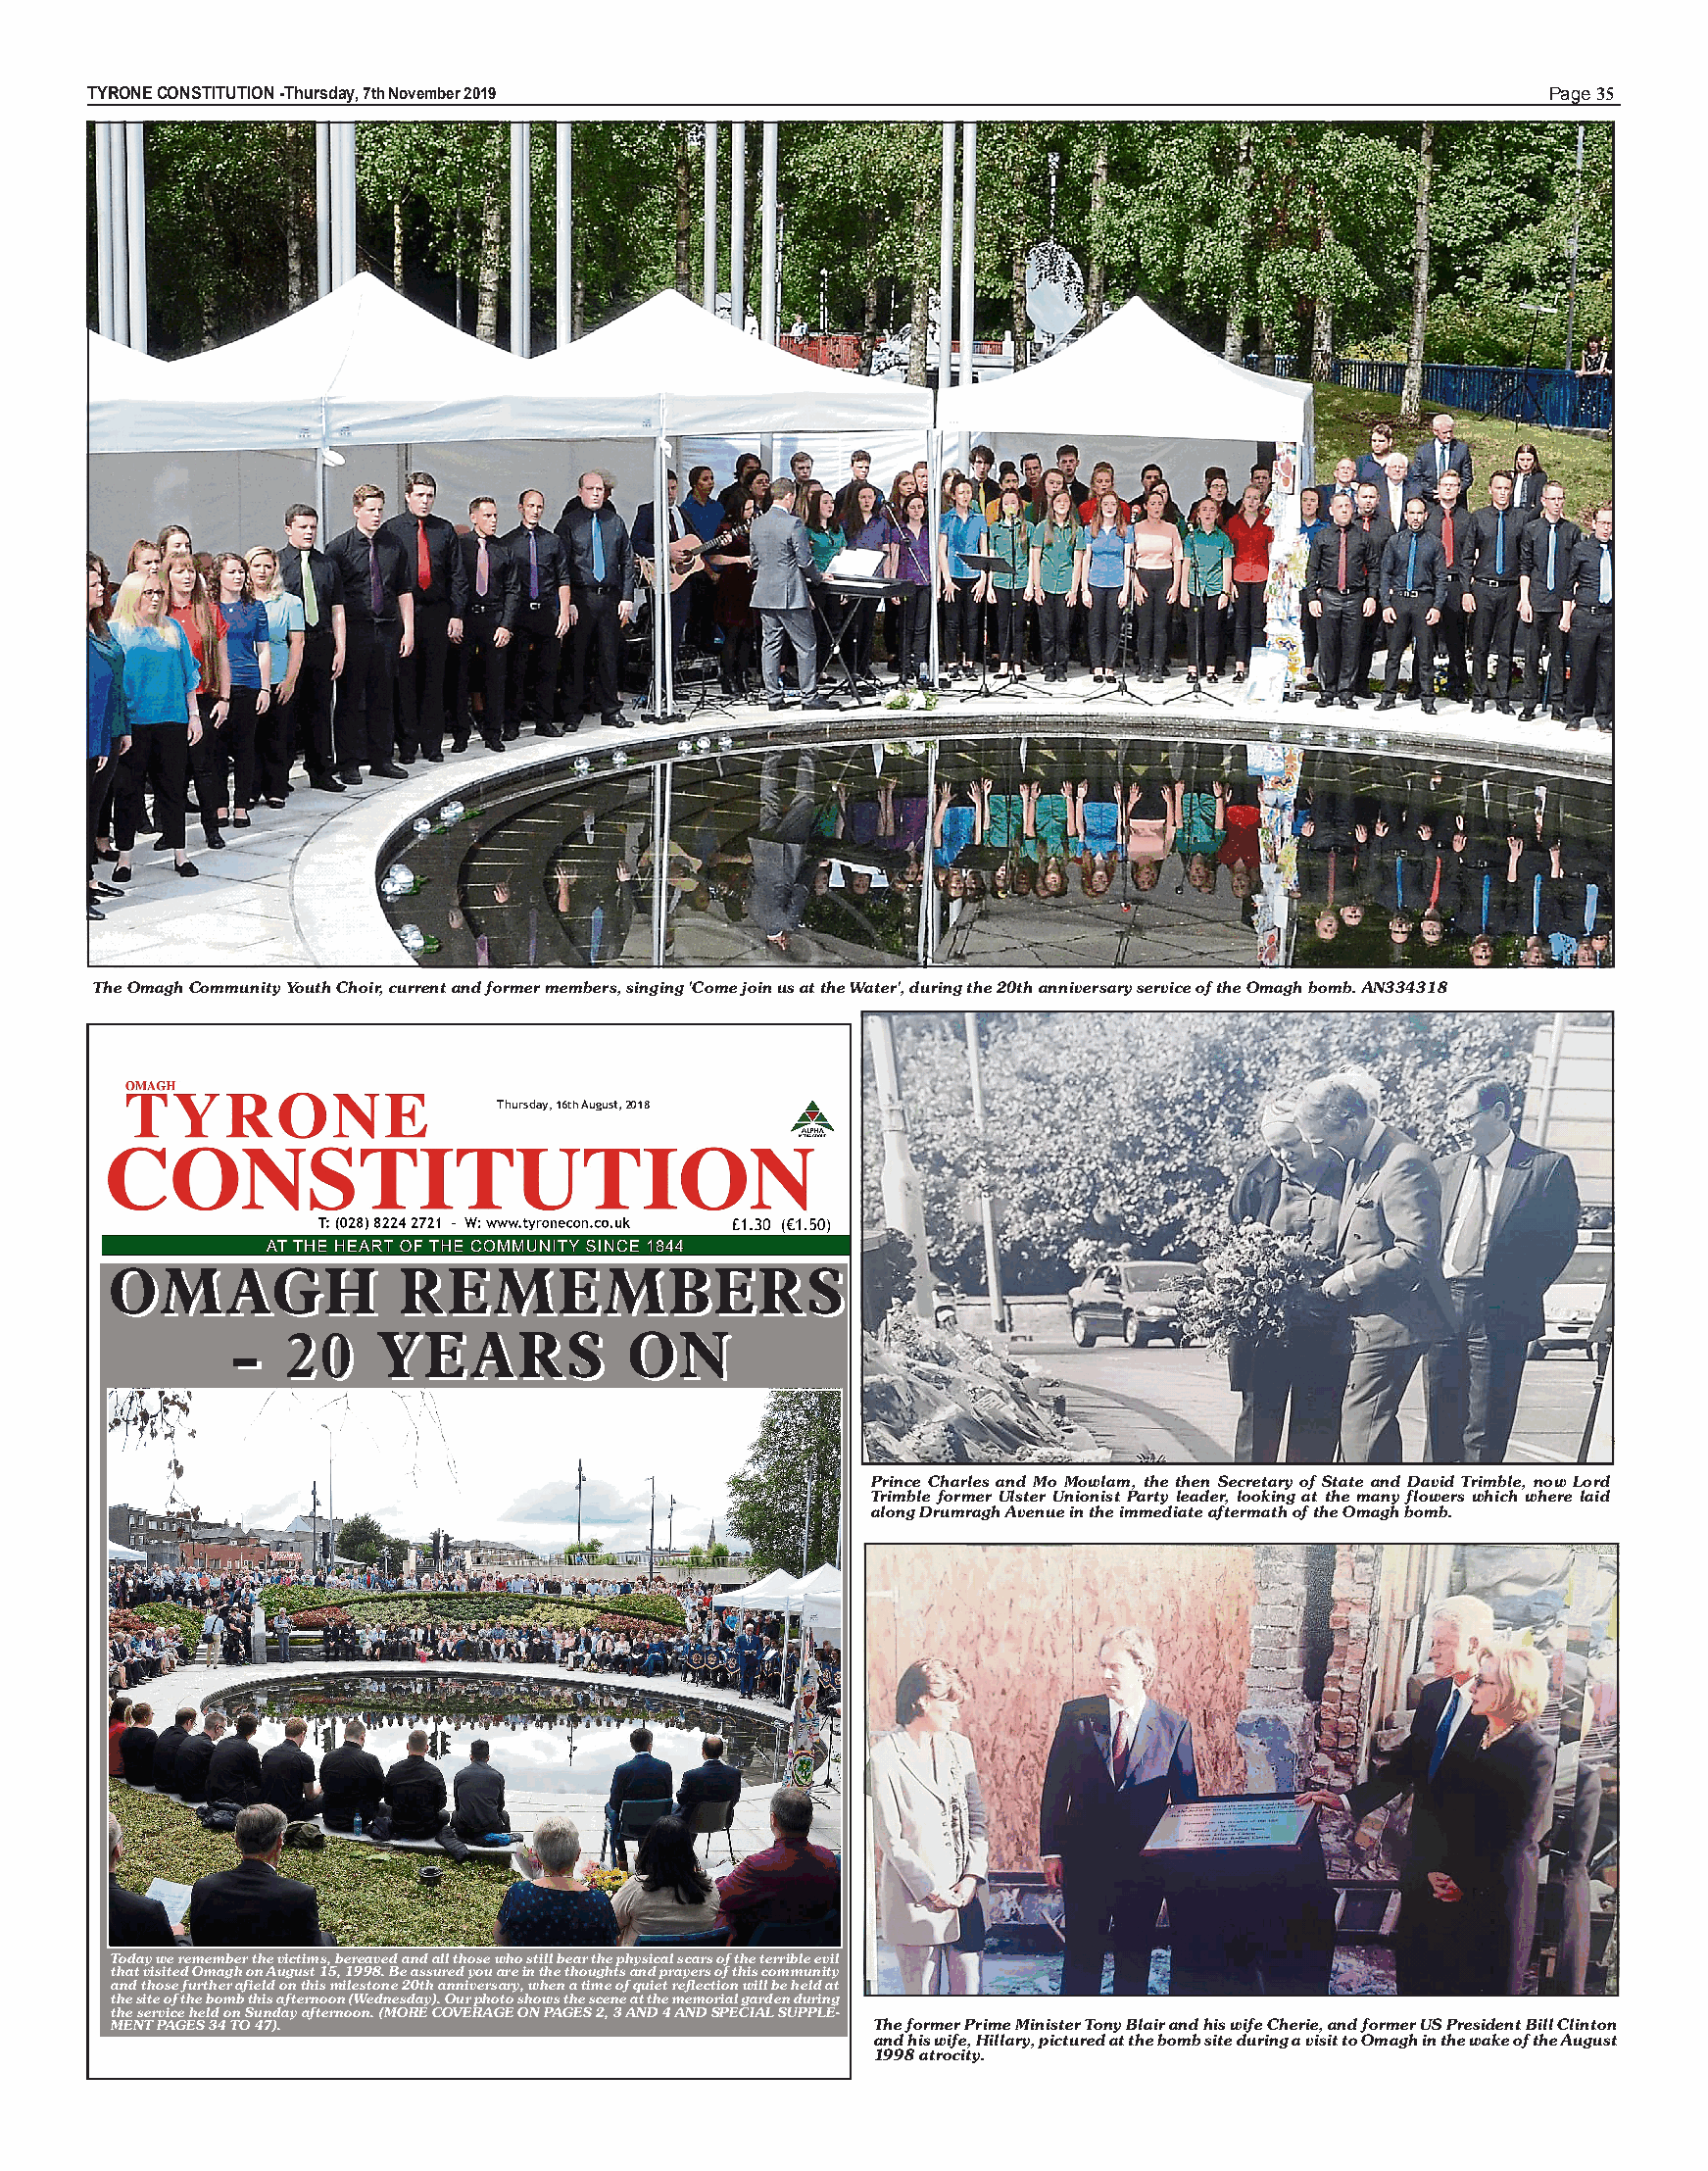
TYRONE CONSTITUTION -T h u rs d ay ,7thN ov e m b e r 2019                                         Page 35
 The Omagh Community Youth Choir, current and former members, singing 'Come join us at the Water', during the 20th anniversary service of the Omagh bomb. AN334318
 Thursday,16thAugust,2018
 OOMMAAGGHH          RREEMMEEMMBBEERRSS
 -- 2200  YYEEAARRSS       OONN
 Prince Charles and Mo Mowlam, the then Secretary of State and David Trimble, now Lord
 Trimble former Ulster Unionist Party leader, looking at the many flowers which where laid
 along Drumragh Avenue in the immediate aftermath of the Omagh bomb.
 Today we remember the victims, bereaved and all those who still bear the physical scars of the terrible evil
 that visited Omagh on August 15, 1998. Be assured you are in the thoughts and prayers of this community
 and those further afield on this milestone 20th anniversary, when a time of quiet reflection will be held at
 the site of the bomb this afternoon (Wednesday). Our photo shows the scene at the memorial garden during
 theservice heldon Sundayafternoon. (MORECOVERAGE ONPAGES2, 3AND 4AND SPECIAL SUPPLE-
 MENT PAGES 34 TO 47).                               The former Prime Minister Tony Blair and his wife Cherie, and former US President Bill Clinton
 and his wife, Hillary, pictured at the bomb site during a visit to Omagh in the wake of the August
 1998 atrocity.